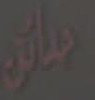
ديدان